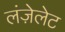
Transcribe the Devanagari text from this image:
लंज़ेलेट